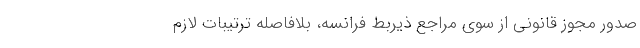
صدور مجوز قانونی از سوی مراجع ذیربط فرانسه، بلافاصله ترتیبات لازم